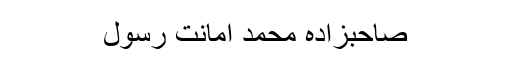
صاحبزادہ محمد امانت رسول